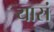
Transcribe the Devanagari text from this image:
यासं